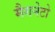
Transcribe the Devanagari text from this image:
मैगनेटो